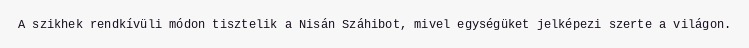
A szikhek rendkívüli módon tisztelik a Nisán Száhibot, mivel egységüket jelképezi szerte a világon.